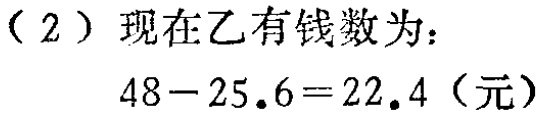
（2）现在乙有钱数为：

\[

48 - 25.6 = 22.4（元）

\]